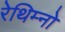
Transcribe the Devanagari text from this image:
रेथिम्नो